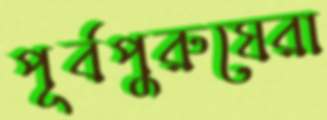
পূর্বপুরুষেরা